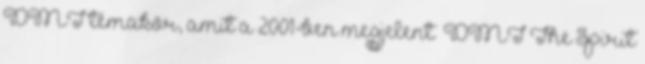
DMT témakör, amit a 2001-ben megjelent „DMT The Spirit